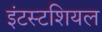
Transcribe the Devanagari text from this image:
इंटस्टशियल